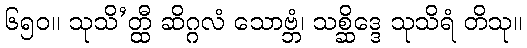
၆၅၀။ သုသိ’တ္ထီ ဆိဂ္ဂလံ သောဗ္ဘံ၊ သစ္ဆိဒ္ဒေ သုသိရံ တိသု။